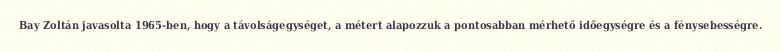
Bay Zoltán javasolta 1965-ben, hogy a távolságegységet, a métert alapozzuk a pontosabban mérhető időegységre és a fénysebességre.